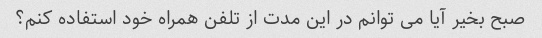
صبح بخیر آیا می توانم در این مدت از تلفن همراه خود استفاده کنم؟